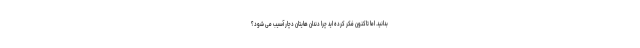
بدانید. اما تاکنون فکر کرده اید چرا دندان هایتان دچار آسیب می شود؟